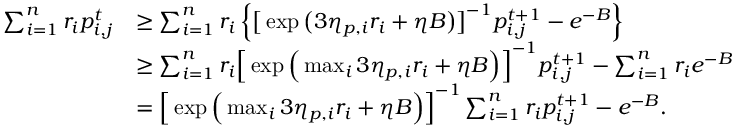
\begin{array} { r l } { \sum _ { i = 1 } ^ { n } r _ { i } p _ { i , j } ^ { t } } & { \geq \sum _ { i = 1 } ^ { n } r _ { i } \left\{ \big [ \exp \big ( 3 \eta _ { p , i } r _ { i } + \eta B \big ) \big ] ^ { - 1 } p _ { i , j } ^ { t + 1 } - e ^ { - B } \right\} } \\ & { \geq \sum _ { i = 1 } ^ { n } r _ { i } \Big [ \exp \Big ( \operatorname* { m a x } _ { i } 3 \eta _ { p , i } r _ { i } + \eta B \Big ) \Big ] ^ { - 1 } p _ { i , j } ^ { t + 1 } - \sum _ { i = 1 } ^ { n } r _ { i } e ^ { - B } } \\ & { = \Big [ \exp \Big ( \operatorname* { m a x } _ { i } 3 \eta _ { p , i } r _ { i } + \eta B \Big ) \Big ] ^ { - 1 } \sum _ { i = 1 } ^ { n } r _ { i } p _ { i , j } ^ { t + 1 } - e ^ { - B } . } \end{array}